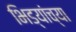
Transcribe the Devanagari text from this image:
भिड्यांच्या